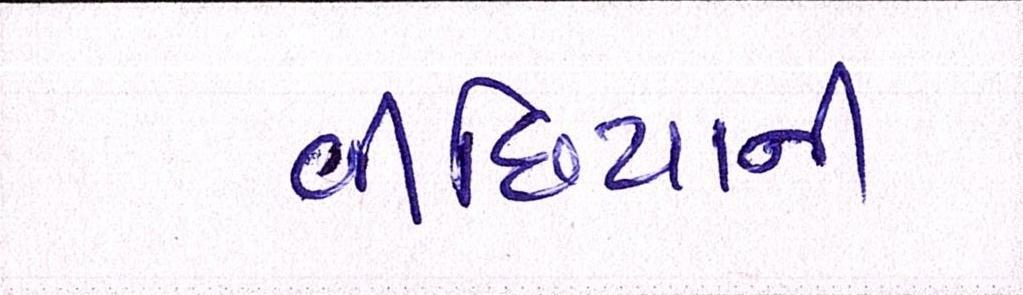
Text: વીંછિયાની